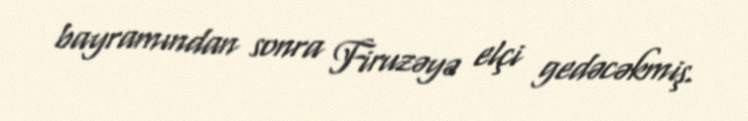
bayramından sonra Firuzəyə elçi gedəcəkmiş.